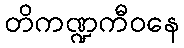
တိကဏ္ဍကီဝနေ